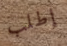
إطلب